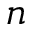
n